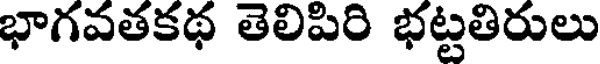
భాగవతకథ తెలిపిరి భట్టతిరులు